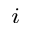
_ i